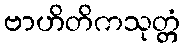
ဗာဟိတိကသုတ္တံ